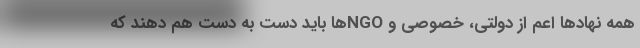
همه نهادها اعم از دولتی، خصوصی و NGOها باید دست به دست هم دهند که